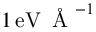
1 \, \mathrm { e V } \, \mathrm { ~ \AA ~ } ^ { - 1 }